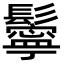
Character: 鬡